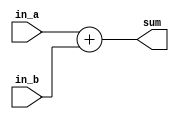
`timescale 1ps / 1ps
//////////////////////////////////////////////////////////////////////////////////
// Company: 
// Engineer: 
// 
// Design Name: 
// Module Name:    adder 
// Project Name: 
// Target Devices: 
// Tool versions: 
// Description: 
//
// Dependencies: 
//
// Revision: 
// Revision 0.01 - File Created
// Additional Comments: 
//
//////////////////////////////////////////////////////////////////////////////////

module adder(
							in_a,
							in_b,
							sum
							);
							
parameter width = 10;

input  [width-1:0]in_a;
input  [width-1:0]in_b;
output [width-1:0]sum;

assign sum = in_a + in_b;

endmodule